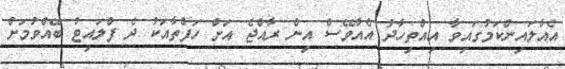
އެއާލައިންކަމުގައިވާ އިއްތިހާދު އެއާވޭސް އިން ރާއްޖެ އަށް ހަފްތާއަކު ދެ ފްލައިޓު ބޭއްވުމަށް